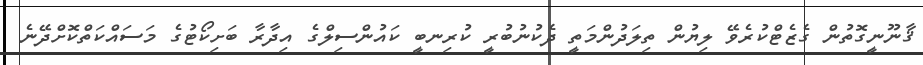
ޤާނޫނީގޮތުން ގެޒެޓްކުރެވޭ ލިޔުން ތިލަދުންމަތީ ދެކުނުބުރީ ކުރިނބީ ކައުންސިލްގެ އިދާރާ ބަށިކޯޓުގެ މަސައްކަތްކޮށްދޭނެ